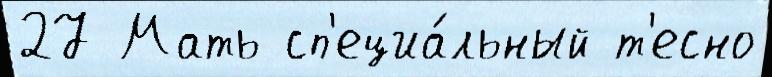
27 Мать сп'ециа́льный т'есно